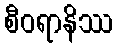
စီဝရာနိဿ